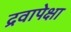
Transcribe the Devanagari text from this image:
द्रवापेक्षा